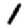
Digit: 1